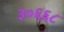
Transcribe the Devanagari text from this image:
३०६६८